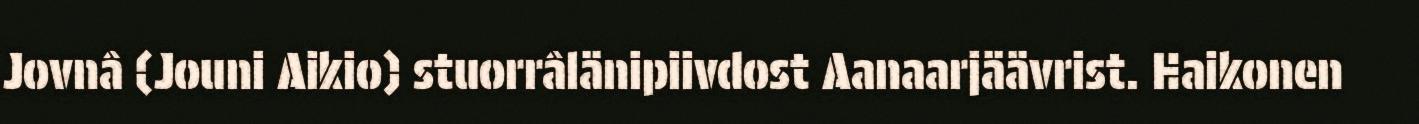
Jovnâ (Jouni Aikio) stuorrâlänipiivdost Aanaarjäävrist. Haikonen